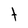
Character: t